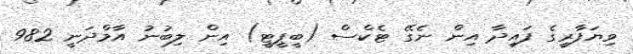
ވިޔަފާރީގެ ފައިދާ އިން ނެގޭ ޓެކްސް (ބީޕީޓީ) އިން ލިބުނު އާމްދަނީ 982